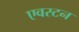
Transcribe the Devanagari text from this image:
एवरटन